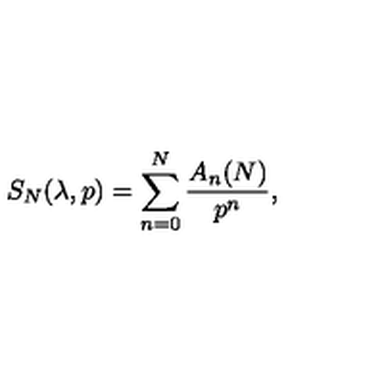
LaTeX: S _ { N } ( \lambda , p ) = \sum _ { n = 0 } ^ { N } { \frac { A _ { n } ( N ) } { p ^ { n } } } ,